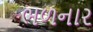
ભળનાર